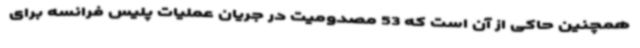
همچنین حاکی از آن است که 53 مصدومیت در جریان عملیات پلیس فرانسه برای